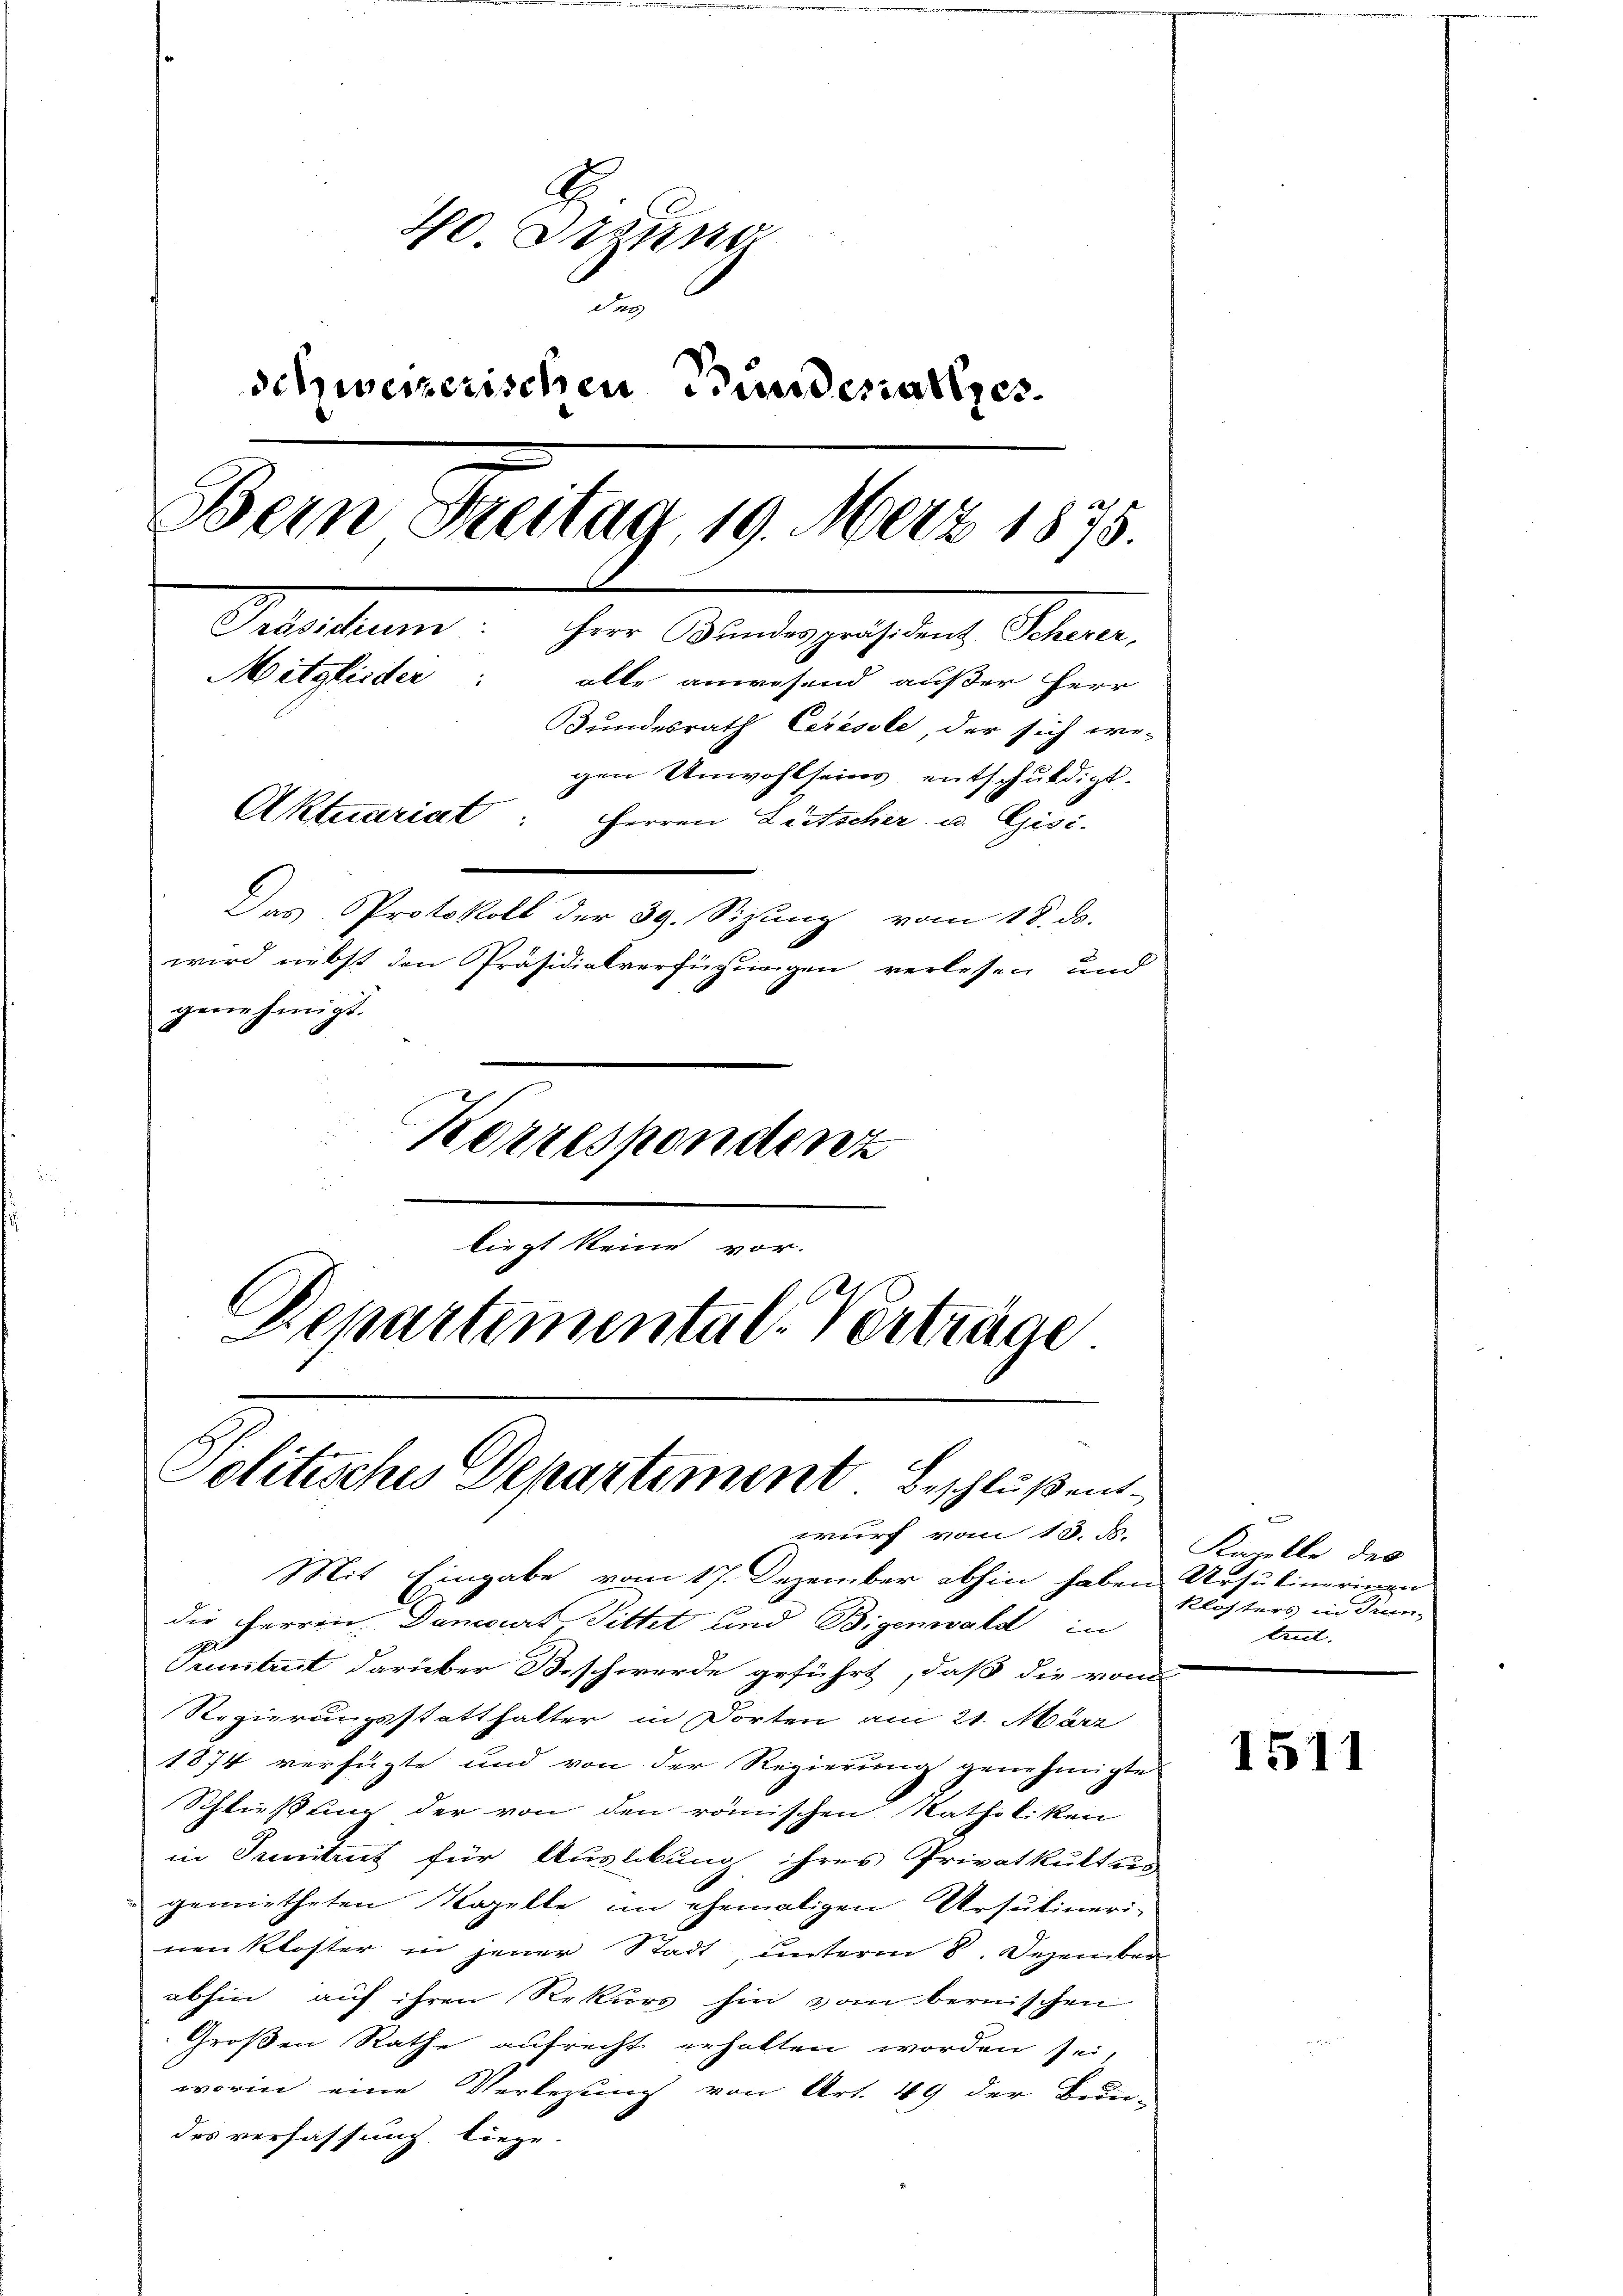
liegt keine vor.
Departemental-Verträge.

40 digung
schweizerischen Bundesalzes
Bein Freitag, 19. März 1875.
Präsidium: Herr Bundespräsident Scherer,
Mitglieder: alle anwesend außer Herr
Bundesrath Ceresole, der sich we-
gen Unwohlseins, entschuldigt.
Aktuariat: Herren Lütscher u. Gisi-
Das Protokoll der 39. Sizung vom 18. ds.
wird nebst den Präsidialverfügungen verlesen und
genehmigt.
Korrespondenz

Politisches Departement Beschluß ent
wurf vom 13. d.

Mit Eingabe vom 17. Dezember abhin haben Ursulinerinen
die Herren Dancourt, Pittet und Bigenwald in
Pruntrut darüber Beschwerde geführt, daß die vom
Regierungsstatthalter in Dorten am 21. März
1874 verfügte und von der Regierung genehmigte
Schließung der von den römischen Katholiken
in Junitrut für Auslebung ihres Privatkultun
gemietheten Kapelle im ehemaligen Ursulineri-
nen Kloster in jener Stadt, unterm 8. Dezember
abhin auf ihren Rekurs hin vom bernischen
Großen Rathe aufrecht erhalten worden sei,
worin eine Verlesung von Art. 49 der Bun-
des verfassung liege.

d
Kaulle des
Klosters in Sin-
tul.

1511